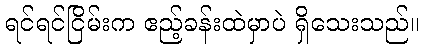
ရင်ရင်ငြိမ်းက ဧည့်ခန်းထဲမှာပဲ ရှိသေးသည်။